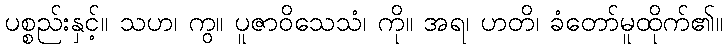
ပစ္စည်းနှင့်။ သဟ၊ ကွ။ ပူဇာဝိသေသံ၊ ကို။ အရ၊ ဟတိ၊ ခံတော်မူထိုက်၏။